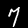
Label: 7